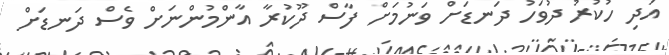
އަދި ހުކުރު ދުވަހު ދަނޑަށް ވަނުމަށް ފާސް ދޫކުރާ އާންމުންނަށް ވެސް ދަނޑަށް